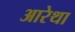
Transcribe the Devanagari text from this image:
आरेथा